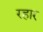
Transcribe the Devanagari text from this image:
रहार